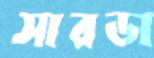
সারডা